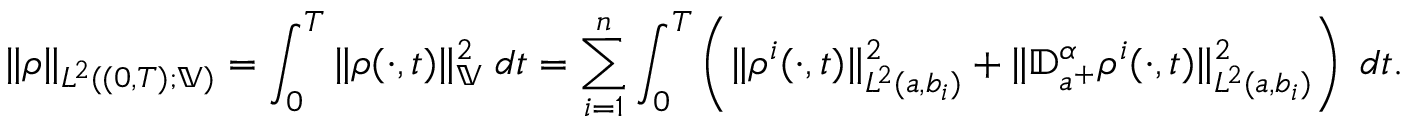
\begin{array} { r } { \| \rho \| _ { L ^ { 2 } ( ( 0 , T ) ; \mathbb { V } ) } = \displaystyle \int _ { 0 } ^ { T } \| \rho ( \cdot , t ) \| _ { \mathbb { V } } ^ { 2 } \; d t = \displaystyle \sum _ { i = 1 } ^ { n } \int _ { 0 } ^ { T } \left( \| \rho ^ { i } ( \cdot , t ) \| _ { L ^ { 2 } ( a , b _ { i } ) } ^ { 2 } + \| { \mathbb D } _ { a ^ { + } } ^ { \alpha } \rho ^ { i } ( \cdot , t ) \| _ { L ^ { 2 } ( a , b _ { i } ) } ^ { 2 } \right) \; d t . } \end{array}